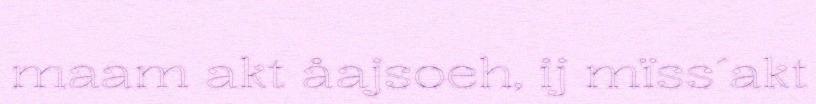
maam akt åajsoeh, ij mïss´akt